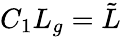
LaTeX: C_{1}L_{g}=\tilde{L}